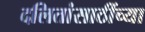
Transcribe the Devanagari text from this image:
दलितांसाठींच्या